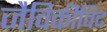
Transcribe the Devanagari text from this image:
जैविकीविद